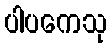
ပါပကေသု